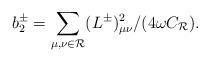
LaTeX: \begin{align*}b_2^\pm=\sum_{\mu,\nu\in{\cal R}}(L^\pm)^2_{\mu\nu}/(4\omega C_{\cal R}).\end{align*}